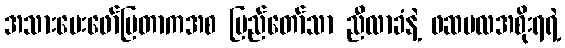
အသားပေးဖော်ပြတာကအစ ပြည်တော်သာ ညီလာခံနဲ့ ဖဆပလအစိုးရရဲ့